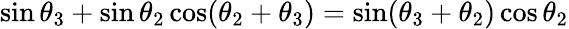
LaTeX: \sin\theta_{3}+\sin\theta_{2}\cos(\theta_{2}+\theta_{3})=\sin(\theta_{3}+\theta_{2})\cos\theta_{2}